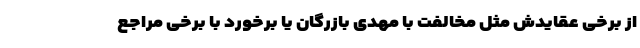
از برخی عقایدش مثل مخالفت با مهدی بازرگان یا برخورد با برخی مراجع